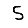
Digit: 5